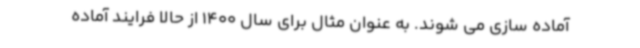
آماده سازی می شوند. به عنوان مثال برای سال 1400 از حالا فرایند آماده